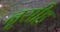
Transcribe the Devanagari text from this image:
नृसीह